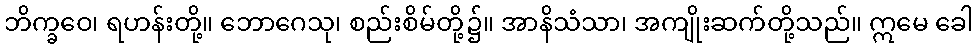
ဘိက္ခဝေ၊ ရဟန်းတို့။ ဘောဂေသု၊ စည်းစိမ်တို့၌။ အာနိသံသာ၊ အကျိုးဆက်တို့သည်။ ဣမေ ခေါ